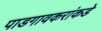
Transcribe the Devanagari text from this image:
पाडगावकरांकडे